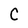
Character: C